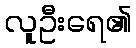
လူဦးရေ၏